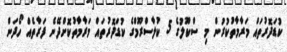
ކުޑަދޮރުތައް މަރާމާތުކުރުން މި ސްކޫލުގެ 5 ކުލާސްރޫމްގެ ކުޑަދޮރުތައް މަރާމާތުކޮށްދޭނެ ފަރާތެއް ހޯދަން